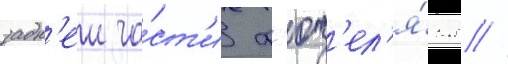
задн'еи ча́ст'и ф'юз'ел'я́жа //